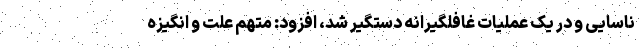
ناسایی و در یک عملیات غافلگیرانه دستگیر شد، افزود: متهم علت و انگیزه